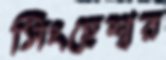
সিংহেশ্বর